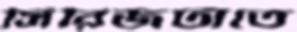
সিরিজটাতে